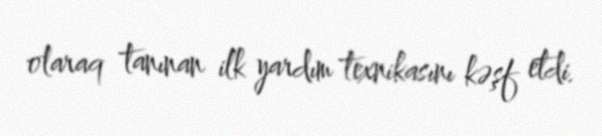
olaraq tanınan ilk yardım texnikasını kəşf etdi.